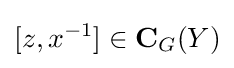
[z,x^{-1}]\in \mathbf {C} _{G}(Y)